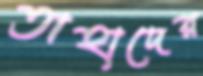
তাহাদের